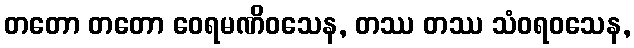
တတော တတော ဝေရမဏိဝသေန, တဿ တဿ သံဝရဝသေန,